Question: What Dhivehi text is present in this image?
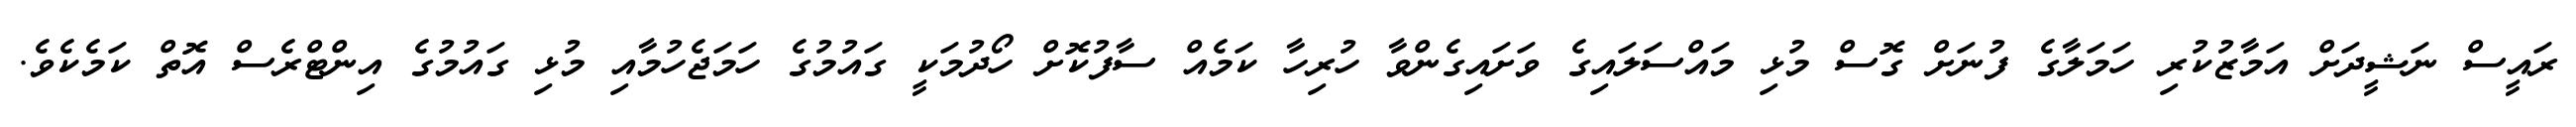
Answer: ރައީސް ނަޝީދަށް އަމާޒުކުރި ހަމަލާގެ ފުނަށް ގޮސް މުޅި މައްސަލައިގެ ވަށައިގެންވާ ހުރިހާ ކަމެއް ސާފުކޮށް ހޯދުމަކީ ގައުމުގެ ހަމަޖެހުމާއި މުޅި ގައުމުގެ އިންޓްރެސް އޮތް ކަމެކެވެ.